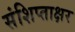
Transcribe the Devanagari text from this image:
संशिप्ताक्षर